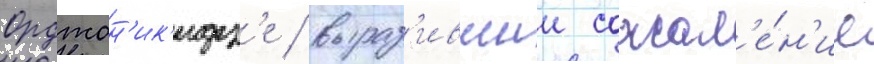
Орджон'ик'идз'е / выраз'ившии сожал'е́н'ие